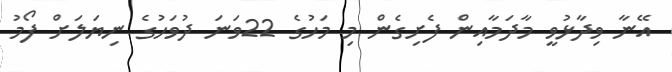
އޭނާ ވިދާޅުވީ މާދަމާއިން ފެށިގެން މި މަހުގެ 22ވަނަ ދުވަހުގެ ނިޔަލަށް ފޯމު